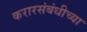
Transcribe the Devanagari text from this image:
करारसंबंधीच्या